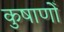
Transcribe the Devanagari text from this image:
कुषाणोँ